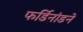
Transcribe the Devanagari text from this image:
फर्डिनांडने